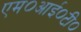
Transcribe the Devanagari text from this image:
एम०आई०टी०